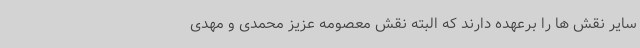
سایر نقش ها را برعهده دارند که البته نقش معصومه عزیز محمدی و مهدی